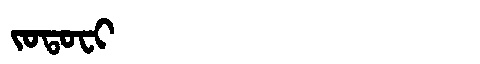
Manchu: ᠵᠣᡨᠣᠸᡳ
Romanization: JOTOFI